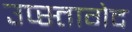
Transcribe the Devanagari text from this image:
उप्स्तागेद